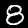
Label: 8